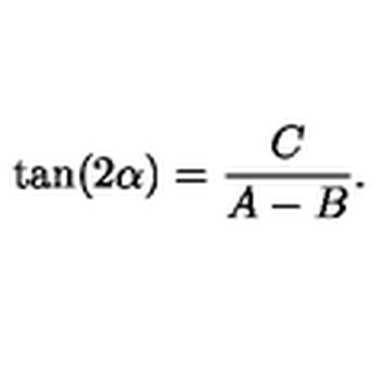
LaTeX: \tan ( 2 \alpha ) = { \frac { C } { A - B } } .